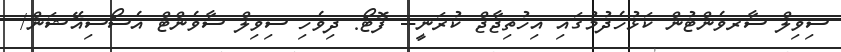
ސިވިލް ސާރވެންޓުން ކަޅުހެދުމުގައި އިހުތިޖާޖް ކުރަނީ-- ފޮޓޯ: ދިވެހި ސިވިލް ސާވެންޓް އެސޯސިއޭޝަން/